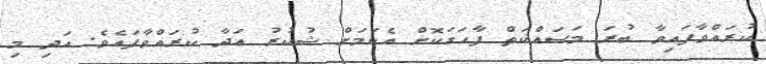
ކުރައްވާފައިވާ ބުރަ މަސައްކަތް ފާހަގަކޮށް އެކަމަށް ޝުކުރު އަދާ ކުރައްވާފައެވެ. އަދި މި